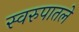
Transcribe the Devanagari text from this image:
स्वरुपातले